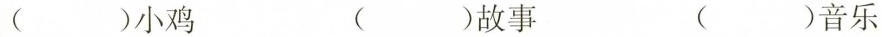
小鸡 ( )故事 ( )音乐